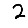
Digit: 2